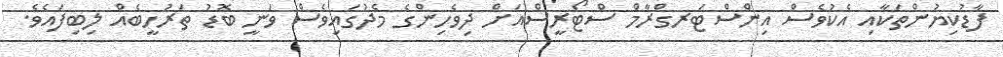
ފާޑުކިޔުންތަކާއި އެކުވެސް އިންސްޓަރގްރާމް ސްޓޯރީސްއަށް ދިވެހިންގެ މެދުގައިވެސް ވަނީ ބޮޑު ތަރުހީބެއް ލިބިފައެވެ.